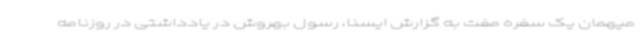
میهمان یک سفره مفت به گزارش ایسنا، رسول بهروش در یادداشتی در روزنامه